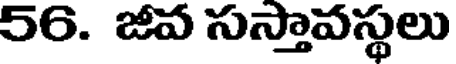
56. జీవ సస్తావస్థలు